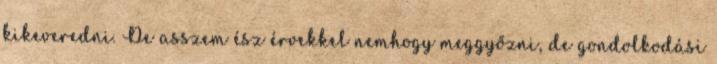
kikeveredni. De asszem ész érvekkel nemhogy meggyőzni, de gondolkodási